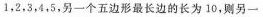
1，2，3，4，5，另一个五边形最长边的长为10，则另一